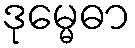
ဒုမ္မေဓာ